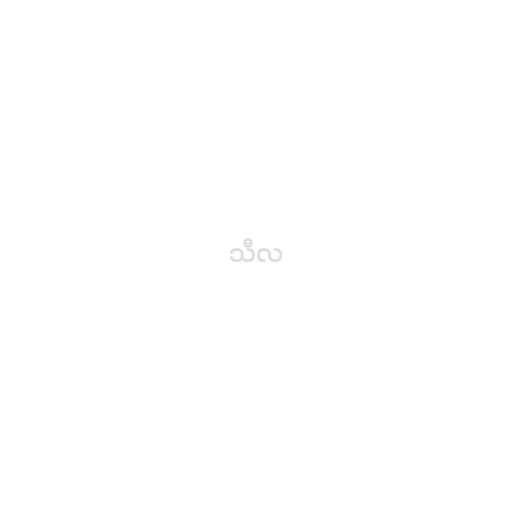
သီလ